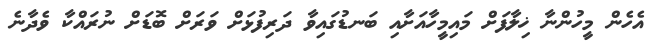
އެހެން މީހުންނާ ޚިލާފަށް މައިމީހާއަށާއި ބަނޑުގައިވާ ދަރިފުޅަށް ވަރަށް ބޮޑަށް ނުރައްކާ ވެދާނެ